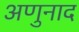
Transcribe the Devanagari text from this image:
अणुनाद